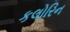
કલોરિન